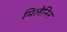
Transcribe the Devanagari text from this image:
मिलेनिन